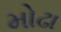
મોઢા